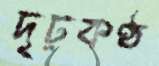
দৃঢ়কণ্ঠ